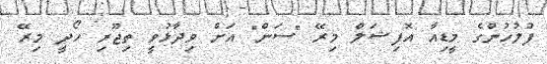
ފުލުހުންގެ މީޑިއާ އޮފިޝަލް މިރޭ "ސަން" އަށް ވިދާޅުވީ ތިޖޫރި ހޯދީ މިރޭ